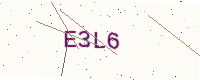
Text: E3L6